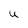
Character: u